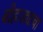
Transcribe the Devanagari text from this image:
बोहाड्याचा